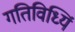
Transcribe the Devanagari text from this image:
गतिविध्यिं